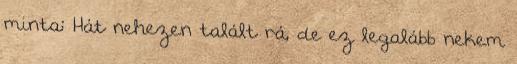
minta: Hát nehezen talált rá, de ez legalább nekem